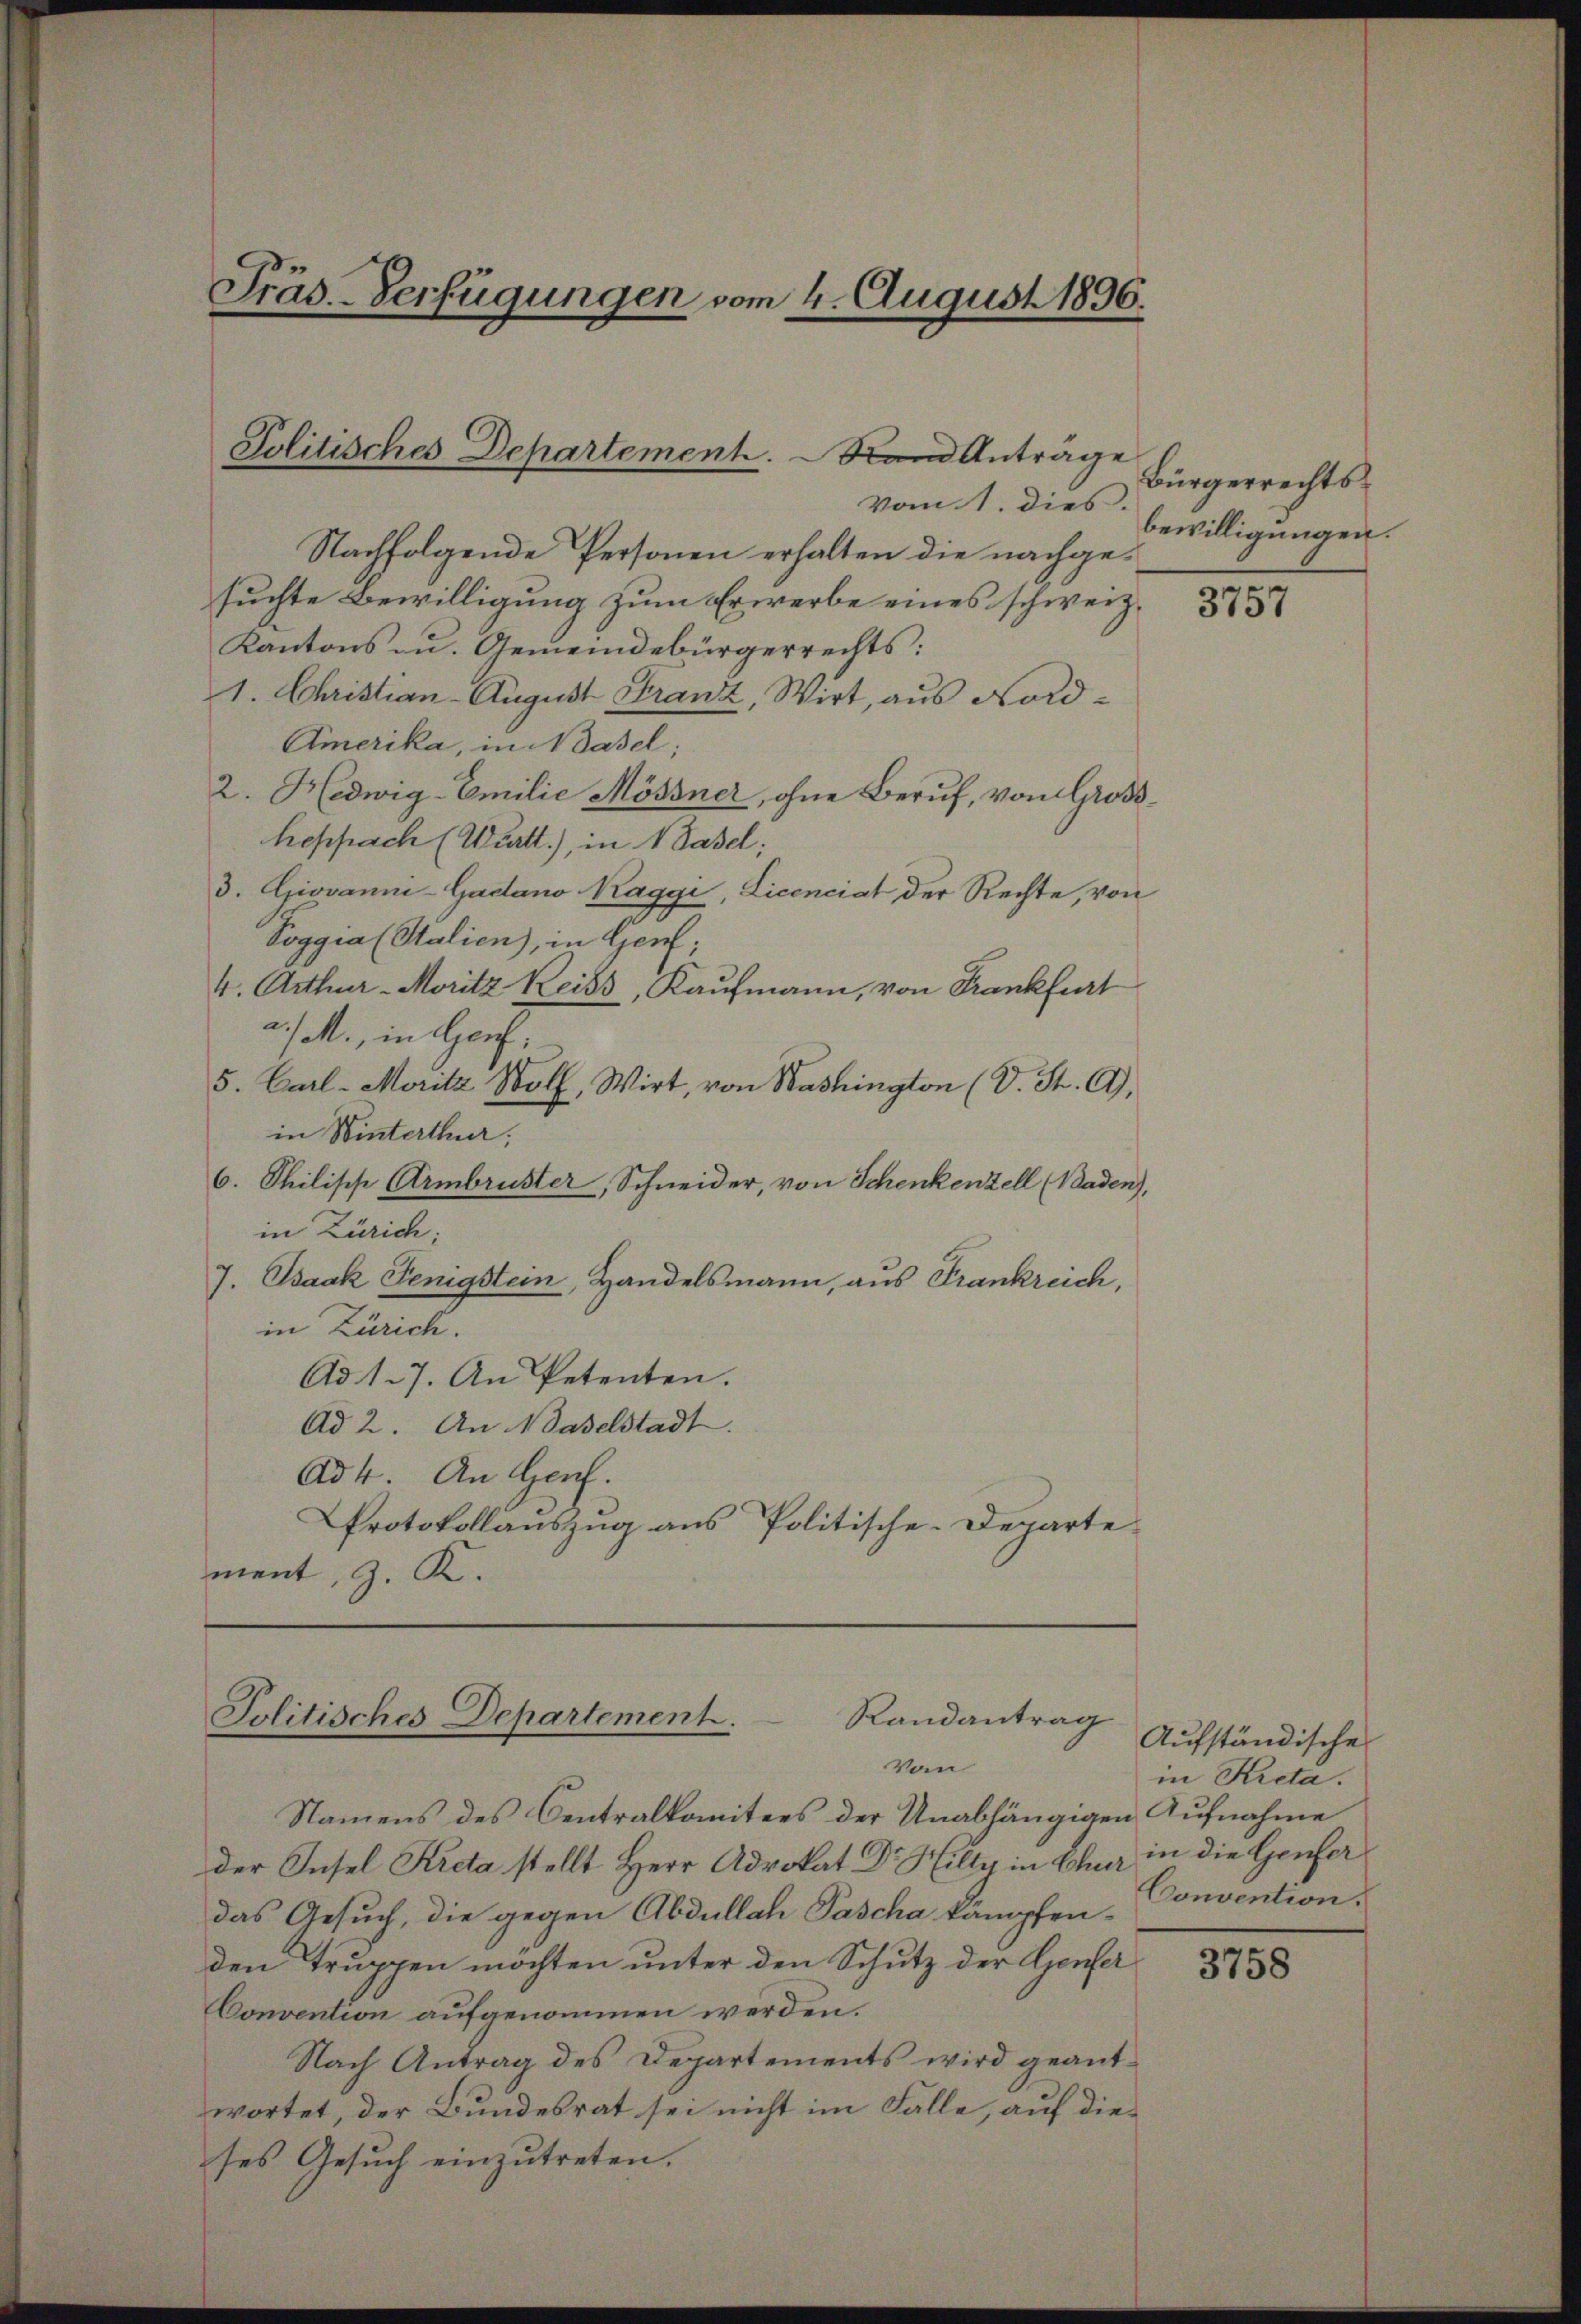
Präs. - Verfügungen vom 4. August 1896.

Politisches Departement. Stand Anträge

vom 1. dies
Nachfolgende Personen erhalten die nachgesuchte Bewilligung zum Erwerbe eines schweiz.
Kantons - u. Gemeindebürgerrechts:
1. Christian-August Franz, Wirt, aus Nord¬
Amerika, in dasel;
2. Hedwig-Emilie Mössner, ohne Beruf, von Großheppach (Württ.), in 1 Basel,
3. Giovanni-Gadano Kaggi, Licenciat der Rechte, von
Voggia (Stalien), in Genf;
4. Arthur - Moritz Reiss, Kaufmann, von Frankfurt
a. soll, in Haus,
5. Carl-Moritz Wolf, Wirt, von Washington (V. St. G,
in Winterthur,
6. Philische Armbruster, Schneider, von Schenkenzell (Baden),
in Zürich;
7. Isaak Fenigstein, Handelsmann, aus Frankreich,
in Zürich.
Ad 17. An Petenten.
Ad 2. An daselstadt.
ad 4. An Genf.
Protokollauszug aus Politische-Departement, z. K.

Randantrag
Politisches Departement.
Vom

Namens des Centralkomitees der Unabhängigen Aufnahme
der Insel Kreta stellt Herr Advokat Dr. Hilty in Bla in die Genferdas Gesuch, die gegen Abdullah Pascha kämpfen
den Truppen möchten unter den Schutz der Genfer
Convention aufgenommen werden.
Nach Antrag des Departements wird geantwortet, der Bundesrat sei nicht im Falle, auf dieses Gesuch einzutreten.

Bürgerrechtsbewilligungen.

3757

Aufständische
in Kicta.
Convention.

3758